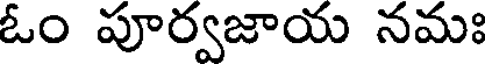
ఓం పూర్వజాయ నమః